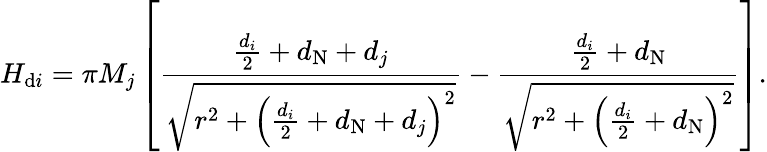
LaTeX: H_{\mathrm{d}i}=\pi M_{j}\left[\frac{\frac{d_{i}}{2}+d_{\mathrm{N}}+d_{j}}{\sqrt{r^{2}+\left(\frac{d_{i}}{2}+d_{\mathrm{N}}+d_{j}\right)^{2}}}-\frac{\frac{d_{i}}{2}+d_{\mathrm{N}}}{\sqrt{r^{2}+\left(\frac{d_{i}}{2}+d_{\mathrm{N}}\right)^{2}}}\right].